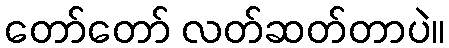
တော်တော် လတ်ဆတ်တာပဲ။